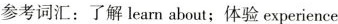
参考词汇：了解learn about；体验experience